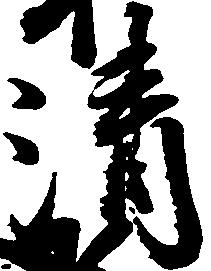
清